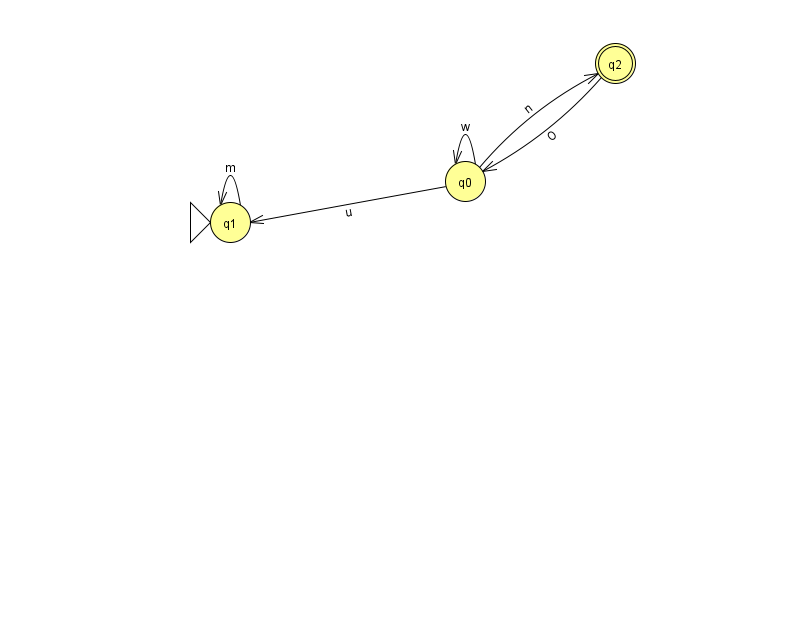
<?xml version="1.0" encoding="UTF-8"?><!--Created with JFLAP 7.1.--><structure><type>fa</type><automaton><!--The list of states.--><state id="0" name="q0"><x>465.0</x><y>168.0</y></state><state id="1" name="q1"><x>230.0</x><y>209.0</y><initial/></state><state id="2" name="q2"><x>615.0</x><y>50.0</y><final/></state><!--The list of transitions.--><transition><from>0</from><to>0</to><read>w</read></transition><transition><from>0</from><to>2</to><read>n</read></transition><transition><from>2</from><to>0</to><read>O</read></transition><transition><from>0</from><to>1</to><read>u</read></transition><transition><from>1</from><to>1</to><read>m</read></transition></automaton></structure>